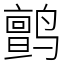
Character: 鹯